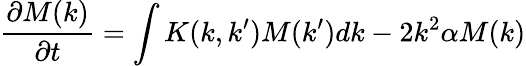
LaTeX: \frac{\partial M(k)}{\partial t}=\int K(k,k^{\prime})M(k^{\prime})dk-2k^{2}\alpha M(k)